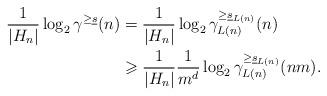
LaTeX: \begin{align*}\frac{1}{|H_n|}\log_2 \gamma^{\geq\underline{s}}(n)&=\frac{1}{|H_n|}\log_2\gamma^{\geq \underline{s}_{L(n)}}_{L(n)}(n)\\&\geqslant\frac{1}{|H_n|}\frac{1}{m^d}\log_2\gamma^{\geq \underline{s}_{L(n)}}_{L(n)}(nm).\end{align*}